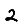
Digit: 2